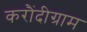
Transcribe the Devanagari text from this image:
करौंदीग्राम